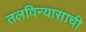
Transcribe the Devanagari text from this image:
तलविन्यासाची